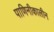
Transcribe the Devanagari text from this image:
पाणिनीकालीन